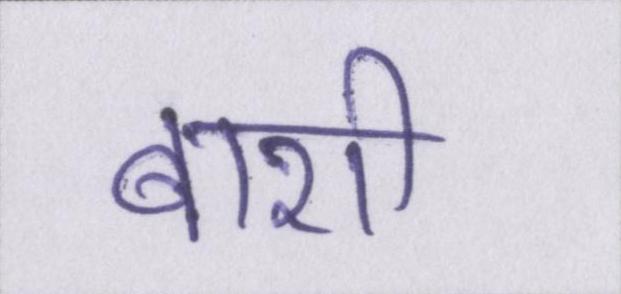
बाशी